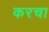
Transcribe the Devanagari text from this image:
करचा